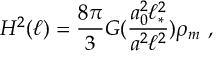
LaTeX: H ^ { 2 } ( \ell ) = { \frac { 8 \pi } { 3 } } G ( \frac { a _ { 0 } ^ { 2 } \ell _ { * } ^ { 2 } } { a ^ { 2 } \ell ^ { 2 } } ) \rho _ { m } \ ,